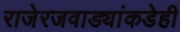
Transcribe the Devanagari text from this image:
राजेरजवाड्यांकडेही